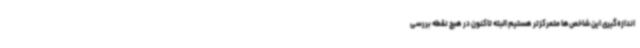
اندازه‌گیری این شاخص‌ها متمرکزتر هستیم البته تاکنون در هیچ نقطه بررسی‌